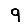
Digit: 9